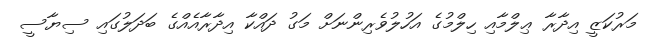
މަރުކަޒީ އިދާރާ ޢިލްމާއި ހިލްމުގެ އަހުލުވެރިންނަށް މަގު ދައްކާ އިދާރާއެއްގެ ބަދަލުގައި ސިޔާސީ